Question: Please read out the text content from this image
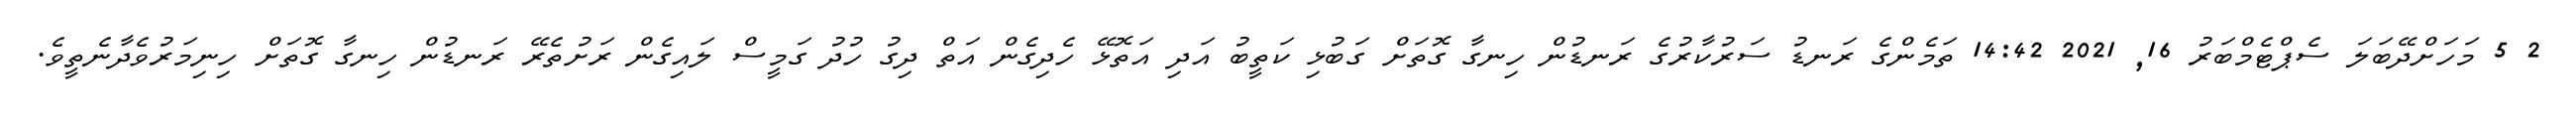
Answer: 2 5 މަހަށްދޭބަލަ ސެޕްޓެމްބަރު 16, 2021 14:42 ތަމެންގެ ރަނޑު ސަރުކާރުގެ ރަނޑުން ހިނގާ ގޮތަށް ގަބުޅި ކަތީބު އަދި އަތޮޅޭ ހެދިގެން އަތް ދިގު ހުދު ގަމީސް ލައިގެން ރަށުތެރޭ ރަނޑުން ހިނގާ ގޮތަށް ހިނިމަރުވެދާނެތީވެ.